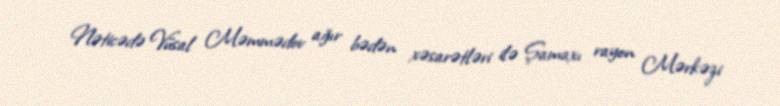
Nəticədə Vüsal Məmmədov ağır bədən xəsarətləri ilə Şamaxı rayon Mərkəzi